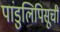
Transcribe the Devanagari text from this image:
पांडुलिपिसूची